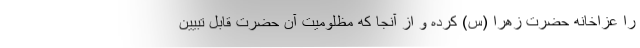
را عزاخانه حضرت زهرا (س) کرده و از آنجا که مظلومیت آن حضرت قابل تبیین